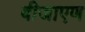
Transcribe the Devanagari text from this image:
बीजाएण